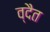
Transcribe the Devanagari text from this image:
व्दैत